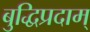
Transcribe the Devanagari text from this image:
बुद्धिप्रदाम्